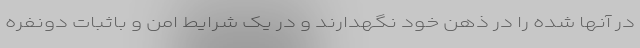
در آنها شده را در ذهن خود نگهدارند و در یک شرایط امن و باثبات دونفره